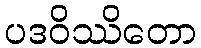
ပဒဝိဿိတော